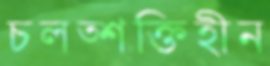
চলত্শক্তিহীন